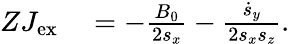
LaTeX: \begin{array}{rl}{ZJ_{\mathrm{ex}}}&{{}=-\frac{B_{0}}{2s_{x}}-\frac{\dot{s}_{y}}{2s_{x}s_{z}}.}\end{array}